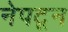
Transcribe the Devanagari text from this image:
नेपटून